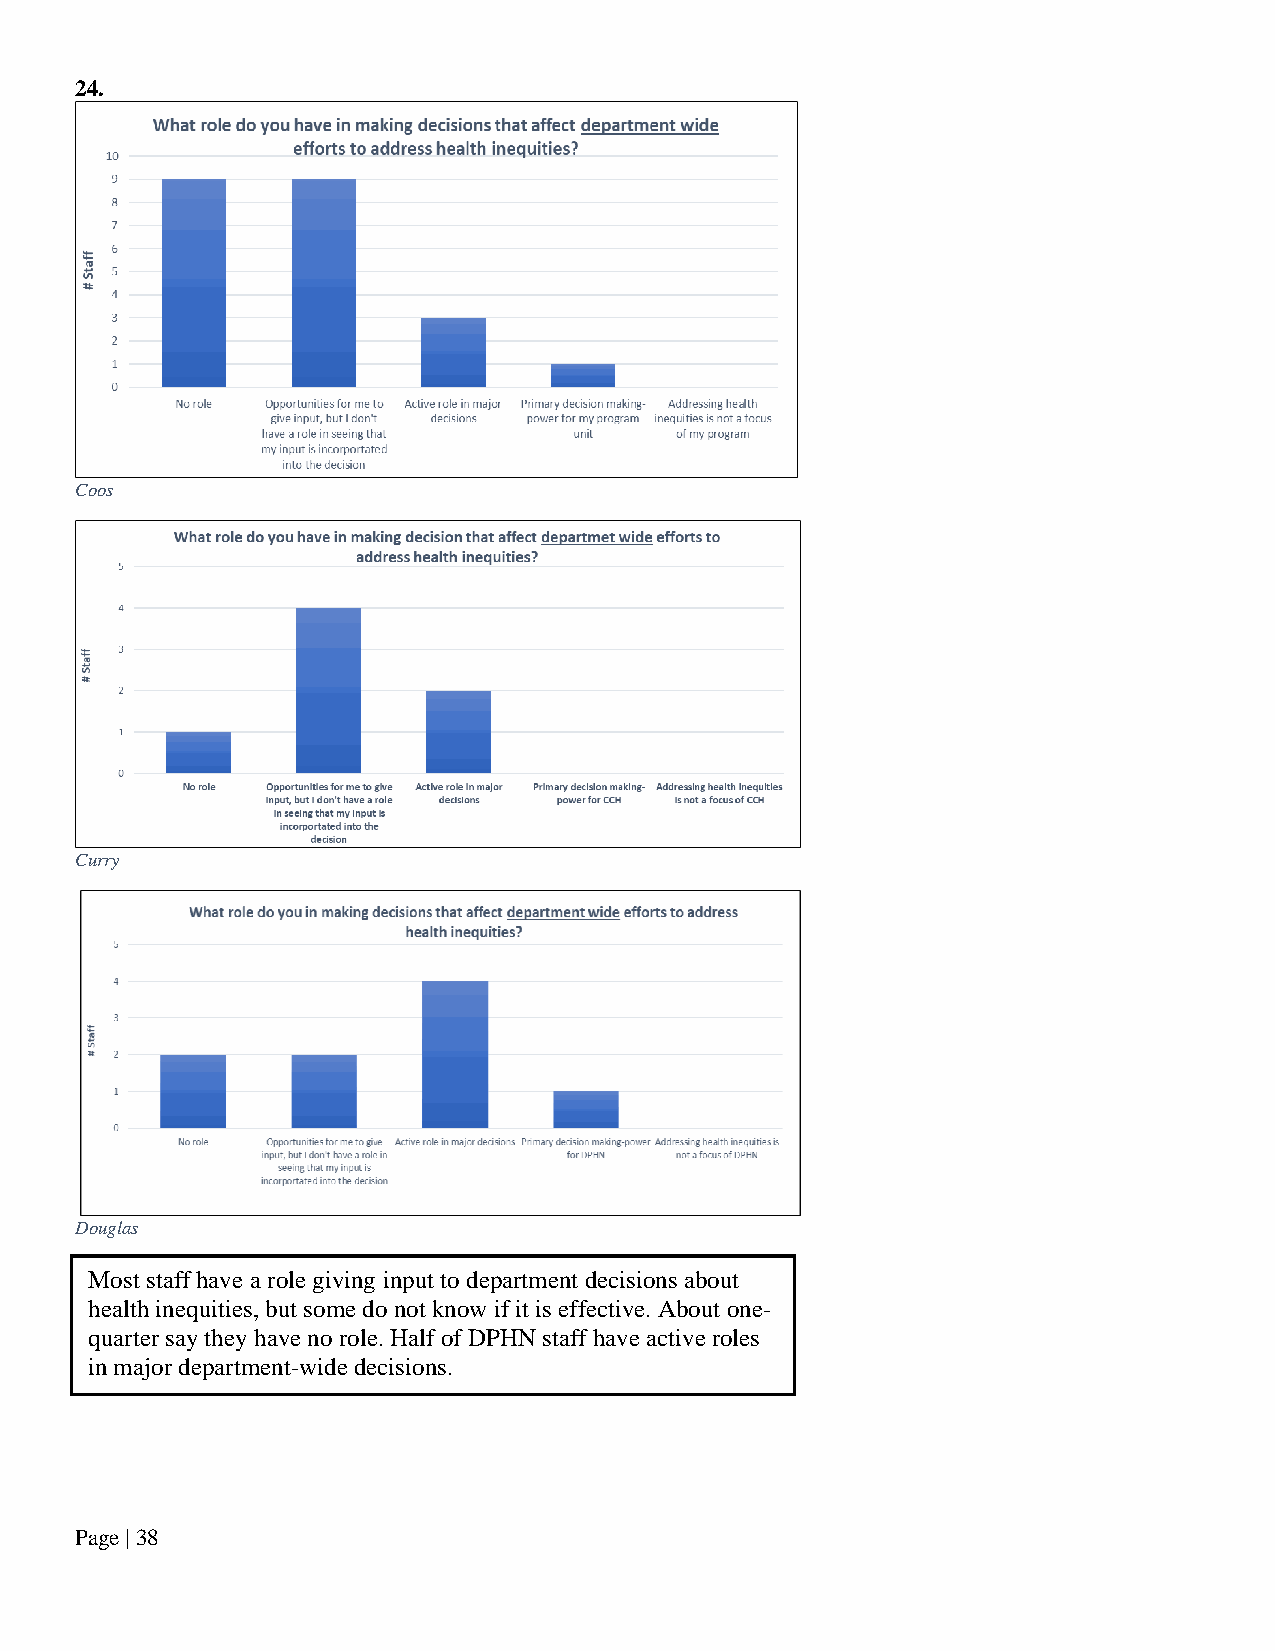
24.
 Coos
 Curry
 Douglas
 Most staff have a role giving input to department decisions about
 health inequities, but some do not know if it is effective. About one-
 quarter say they have no role. Half of DPHN staff have active roles
 in major department-wide decisions.
 Page | 38